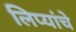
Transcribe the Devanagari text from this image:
लिप्यांचे